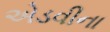
એડવીના